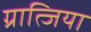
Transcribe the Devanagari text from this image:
ग्रात्जिया